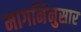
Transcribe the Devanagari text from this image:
मागनिंनुसार